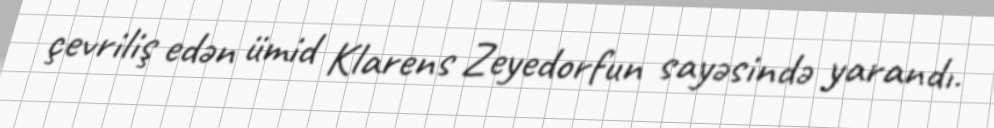
çevriliş edən ümid Klarens Zeyedorfun sayəsində yarandı.